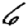
Digit: 6